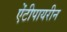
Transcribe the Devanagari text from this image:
ऐंटीपायरीन